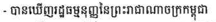
- បានឃើញរដ្ឋធម្មនុញ្ញនៃព្រះរាជាណាចក្រកម្ពុជា